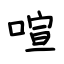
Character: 喧